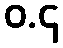
ဝ.၄